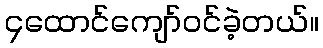
၄ထောင်ကျော်ဝင်ခဲ့တယ်။